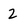
Character: 2